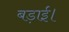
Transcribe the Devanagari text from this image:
बड़ाई।